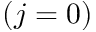
( j = 0 )